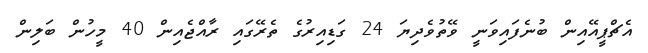
އެޗްޕީއޭއިން ބުނެފައިވަނީ ވޭތުވެދިޔަ 24 ގަޑިއިރުގެ ތެރޭގައި ރާއްޖެއިން 40 މީހުން ބަލިން